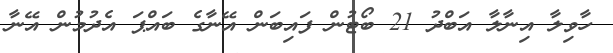
ހާވިލާ އިނާލާ އަބްދު 21 ބޯޓުން ފައިބަން އޭނާގެ ބައްޕަ އެދުމުން އޭނާ